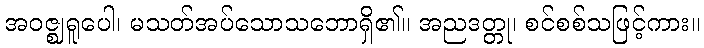
အဝဇ္ဈရူပေါ၊ မသတ်အပ်သောသဘောရှိ၏။ အညဒတ္တု၊ စင်စစ်သဖြင့်ကား။